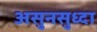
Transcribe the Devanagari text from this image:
असुनसुध्दा